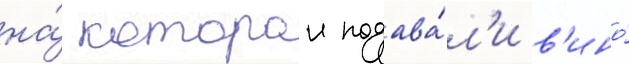
на́ которои подава́л'и в'ино́